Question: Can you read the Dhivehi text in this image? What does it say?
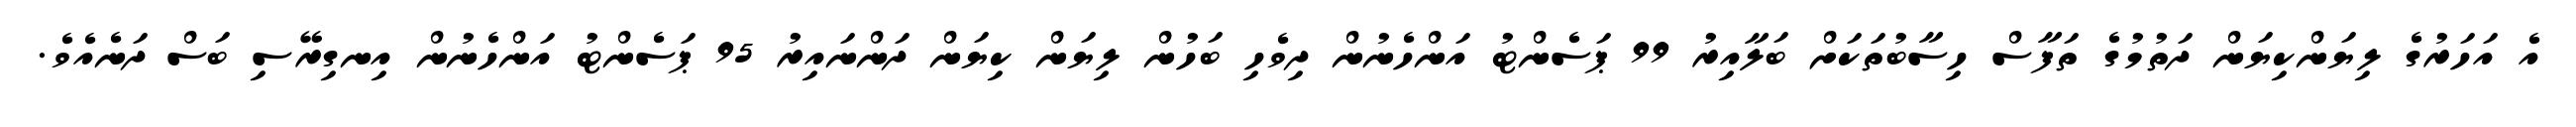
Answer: އެ އަހަރުގެ ލިޔަންކިޔަން ދަތުމުގެ ތަފާސް ހިސާބުތަކަށް ބަލާއިރު 99 ޕަސެންޓު އަންހެނުން ދިވެހި ބަހުން ލިޔަން ކިޔަން ދަންނައިރު 95 ޕަސެންޓު އަންހެނުން އިނގިރޭސި ބަސް ދަނެއެވެ.